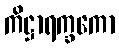
ကိဋ္ဌာရက္ခကော